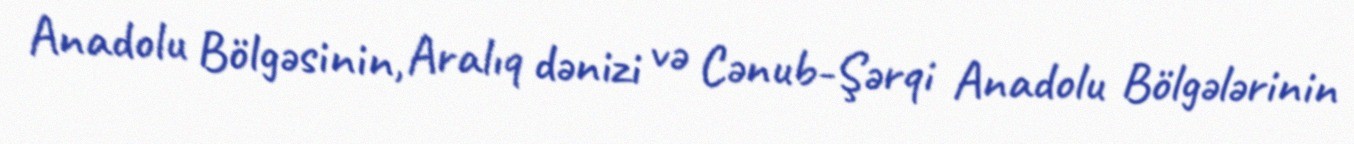
Anadolu Bölgəsinin, Aralıq dənizi və Cənub-Şərqi Anadolu Bölgələrinin